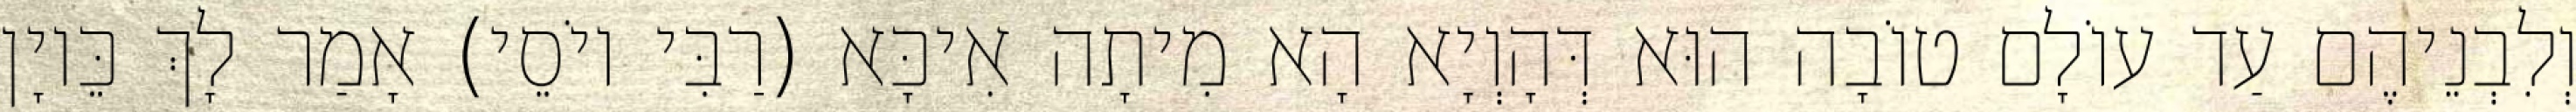
וְלִבְנֵיהֶם עַד עוֹלָם טוֹבָה הוּא דְּהָוְיָא הָא מִיתָה אִיכָּא (רַבִּי יוֹסֵי) אָמַר לָךְ כֵּיוָן